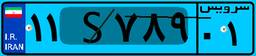
۱۱S۷۸۹۰۱